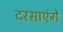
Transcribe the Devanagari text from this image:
दरसाएंगे